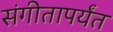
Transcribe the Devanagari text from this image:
संगीतापर्यंत